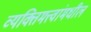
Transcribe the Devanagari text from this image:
व्यक्तिमत्त्वांमधील